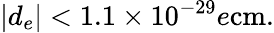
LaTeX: |d_{e}|<1.1\times 10^{-29}e\mathrm{cm}.